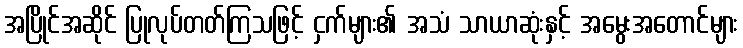
အပြိုင်အဆိုင် ပြုလုပ်တတ်ကြသဖြင့် ငှက်များ၏ အသံ သာယာဆုံးနှင့် အမွေးအတောင်များ